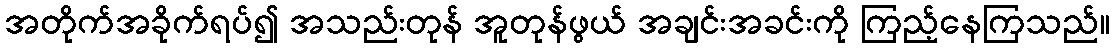
အတိုက်အခိုက်ရပ်၍ အသည်းတုန် အူတုန်ဖွယ် အချင်းအခင်းကို ကြည့်နေကြသည်။